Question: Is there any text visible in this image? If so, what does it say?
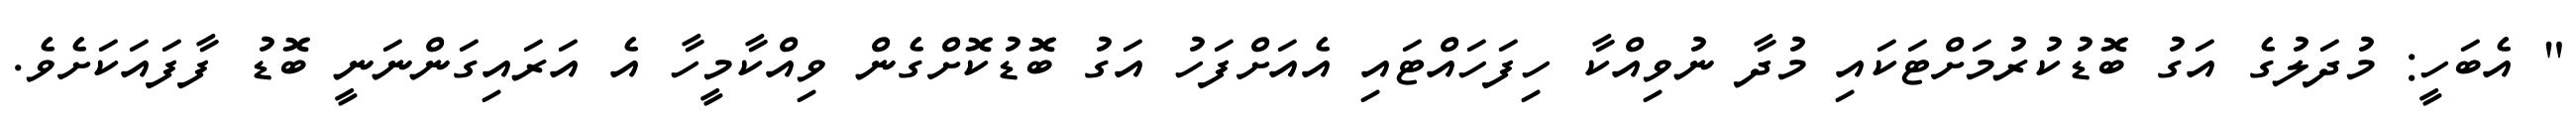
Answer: " އެބަހީ: މުދަލުގެ އަގު ބޮޑުކުރުމަށްޓަކައި މުދާ ނުވިއްކާ ހިފަހައްޓައި އެއަށްފަހު އަގު ބޮޑުކޮށްގެން ވިއްކާމީހާ އެ އަރައިގަންނަނީ ބޮޑު ފާފައަކަށެވެ.